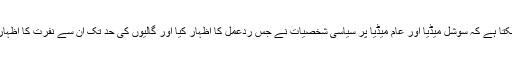
ان کی باتوں میں کتنا وزن تھا اس کا اندازہ اس سے بخوبی لگایا جا سکتا ہے کہ سوشل میڈیا اور عام میڈیا پر سیاسی شخصیات نے جس ردعمل کا اظہار کیا اور گالیوں کی حد تک ان سے نفرت کا اظہار کیا وہ اس بات کی دلیل ہے کہ لوگ ان سے کتنی نفرت کرتے ہیں ۔